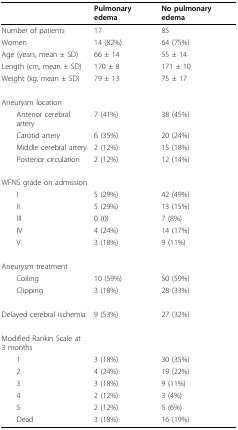
<table><thead><tr><td></td><td><b>Pulmonary edema</b></td><td><b>No pulmonary edema</b></td></tr></thead><tbody><tr><td>Number of patients</td><td>17</td><td>85</td></tr><tr><td>Women</td><td>14 (82%)</td><td>64 (75%)</td></tr><tr><td>Age (years, mean ± SD)</td><td>66 ± 14</td><td>55 ± 14</td></tr><tr><td>Length (cm, mean ± SD)</td><td>170 ± 8</td><td>171 ± 10</td></tr><tr><td>Weight (kg, mean ± SD)</td><td>79 ± 13</td><td>75 ± 17</td></tr><tr><td>Aneurysm location</td><td></td><td></td></tr><tr><td> Anterior cerebral artery</td><td>7 (41%)</td><td>38 (45%)</td></tr><tr><td> Carotid artery</td><td>6 (35%)</td><td>20 (24%)</td></tr><tr><td> Middle cerebral artery</td><td>2 (12%)</td><td>15 (18%)</td></tr><tr><td> Posterior circulation</td><td>2 (12%)</td><td>12 (14%)</td></tr><tr><td>WFNS grade on admission</td><td></td><td></td></tr><tr><td> I</td><td>5 (29%)</td><td>42 (49%)</td></tr><tr><td> II</td><td>5 (29%)</td><td>13 (15%)</td></tr><tr><td> III</td><td>0 (0)</td><td>7 (8%)</td></tr><tr><td> IV</td><td>4 (24%)</td><td>14 (17%)</td></tr><tr><td> V</td><td>3 (18%)</td><td>9 (11%)</td></tr><tr><td>Aneurysm treatment</td><td></td><td></td></tr><tr><td> Coiling</td><td>10 (59%)</td><td>50 (59%)</td></tr><tr><td> Clipping</td><td>3 (18%)</td><td>28 (33%)</td></tr><tr><td>Delayed cerebral ischemia</td><td>9 (53%)</td><td>27 (32%)</td></tr><tr><td>Modified Rankin Scale at 3 months</td><td></td><td></td></tr><tr><td> 1</td><td>3 (18%)</td><td>30 (35%)</td></tr><tr><td> 2</td><td>4 (24%)</td><td>19 (22%)</td></tr><tr><td> 3</td><td>3 (18%)</td><td>9 (11%)</td></tr><tr><td> 4</td><td>2 (12%)</td><td>3 (4%)</td></tr><tr><td> 5</td><td>2 (12%)</td><td>5 (6%)</td></tr><tr><td> Dead</td><td>3 (18%)</td><td>16 (19%)</td></tr></tbody></table>